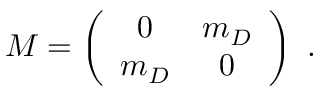
M = \left( \begin{array} { c c } { { 0 } } & { { m _ { D } } } \\ { { m _ { D } } } & { { 0 } } \end{array} \right) ~ .